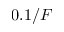
0 . 1 / F